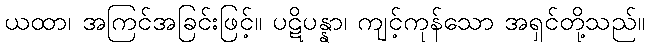
ယထာ၊ အကြင်အခြင်းဖြင့်။ ပဋိပန္နာ၊ ကျင့်ကုန်သော အရှင်တို့သည်။